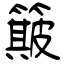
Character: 簸